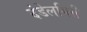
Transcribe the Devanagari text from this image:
दंडेलगिरी